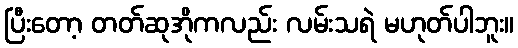
ပြီးတော့ တတ်ဆုအိုကလည်း လမ်းသရဲ မဟုတ်ပါဘူး။